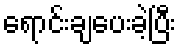
ရောင်းချပေးခဲ့ပြီး